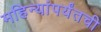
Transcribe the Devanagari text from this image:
महिन्यांपर्यंतची